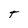
Character: T